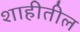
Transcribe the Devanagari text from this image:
शाहीतील